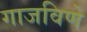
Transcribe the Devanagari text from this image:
गाजविणे